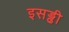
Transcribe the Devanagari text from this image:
इसड्ढी